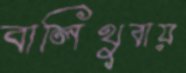
বালিথুবায়